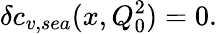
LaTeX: \delta c_{v,sea}(x,Q_{0}^{2})=0.